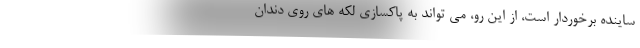
ساینده برخوردار است، از این رو، می تواند به پاکسازی لکه های روی دندان